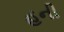
હની